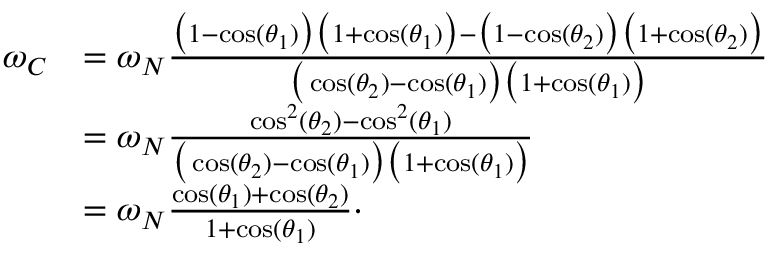
\begin{array} { r l } { \omega _ { C } } & { = \omega _ { N } \frac { \big ( 1 - \cos ( \theta _ { 1 } ) \big ) \big ( 1 + \cos ( \theta _ { 1 } ) \big ) - \big ( 1 - \cos ( \theta _ { 2 } ) \big ) \big ( 1 + \cos ( \theta _ { 2 } ) \big ) } { \big ( \cos ( \theta _ { 2 } ) - \cos ( \theta _ { 1 } ) \big ) \big ( 1 + \cos ( \theta _ { 1 } ) \big ) } } \\ & { = \omega _ { N } \frac { \cos ^ { 2 } ( \theta _ { 2 } ) - \cos ^ { 2 } ( \theta _ { 1 } ) } { \big ( \cos ( \theta _ { 2 } ) - \cos ( \theta _ { 1 } ) \big ) \big ( 1 + \cos ( \theta _ { 1 } ) \big ) } } \\ & { = \omega _ { N } \frac { \cos ( \theta _ { 1 } ) + \cos ( \theta _ { 2 } ) } { 1 + \cos ( \theta _ { 1 } ) } \cdot } \end{array}